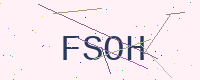
Text: FSOH